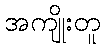
အကျိုးတူ